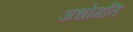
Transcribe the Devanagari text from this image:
अधोगति